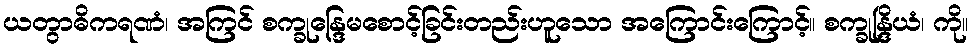
ယတွာဓိကရဏံ၊ အကြင် စက္ခုန္ဒြေမစောင့်ခြင်းတည်းဟူသော အကြောင်းကြောင့်။ စက္ခုန္ဒြိယံ၊ ကို။